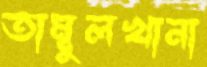
তাম্বুলখানা